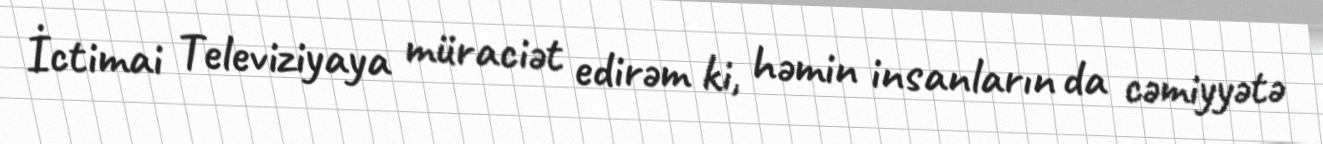
İctimai Televiziyaya müraciət edirəm ki, həmin insanların da cəmiyyətə